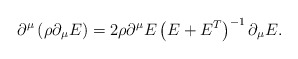
\begin{align*}\partial^\mu \left( \rho \partial_\mu E \right) = 2 \rho\partial^\mu E \left( E + E^T \right)^{-1} \partial_\mu E.\end{align*}